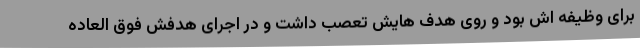
برای وظیفه اش بود و روی هدف هایش تعصب داشت و در اجرای هدفش فوق العاده